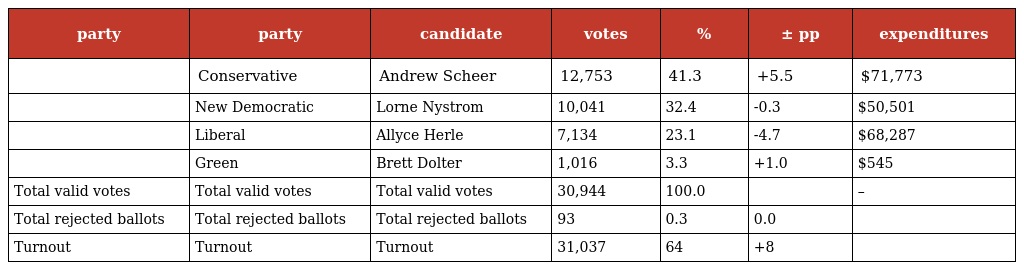
| party | party | candidate | votes | % | ± pp | expenditures |
 | --- | --- | --- | --- | --- | --- | --- |
 |  | Conservative | Andrew Scheer | 12,753 | 41.3 | +5.5 | $71,773 |
 |  | New Democratic | Lorne Nystrom | 10,041 | 32.4 | -0.3 | $50,501 |
 |  | Liberal | Allyce Herle | 7,134 | 23.1 | -4.7 | $68,287 |
 |  | Green | Brett Dolter | 1,016 | 3.3 | +1.0 | $545 |
 | Total valid votes | Total valid votes | Total valid votes | 30,944 | 100.0 |  | – |
 | Total rejected ballots | Total rejected ballots | Total rejected ballots | 93 | 0.3 | 0.0 |  |
 | Turnout | Turnout | Turnout | 31,037 | 64 | +8 |  |